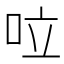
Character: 㕸